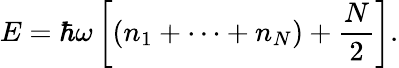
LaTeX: E=\hbar\omega\left[(n_{1}+\cdots+n_{N})+{\frac{N}{2}}\right].